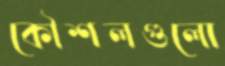
কৌশলগুলো